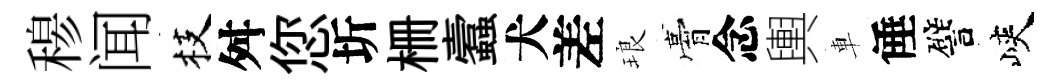
𥠇闻枝舛您圻栅蠧犬差琅膏念輿車倕譬峽